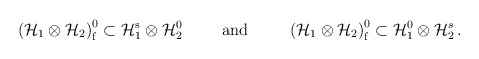
\begin{align*}\left( {\cal H}_1 \otimes {\cal H}_2 \right)_{\mathrm f}^{0} \subset{\cal H}_1^{\mathrm{s}} \otimes {\cal H}_2^{0} \hspace*{1cm}\mbox{and} \hspace*{1cm}\left( {\cal H}_1 \otimes {\cal H}_2 \right)_{\mathrm f}^{0} \subset{\cal H}_1^0 \otimes {\cal H}_2^{s} \,.\end{align*}